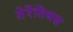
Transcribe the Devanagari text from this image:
तेरेंतियस